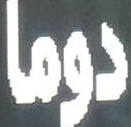
دوما